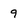
Character: 9